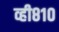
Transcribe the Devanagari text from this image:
व्ही८१०